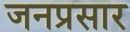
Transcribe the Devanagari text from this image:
जनप्रसार